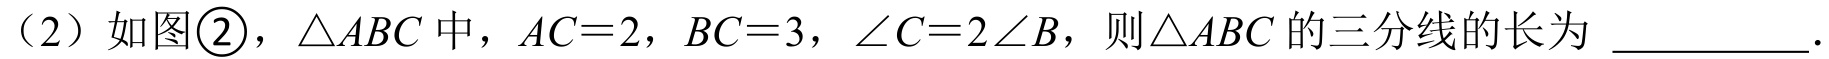
(2) 如图\textcircled{2}，\(\triangle ABC\)中，\(AC = 2\)，\(BC = 3\)，\(\angle C = 2\angle B\)，则\(\triangle ABC\)的三分线的长为 \underline{\quad\quad}.